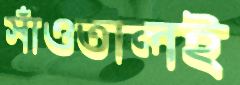
সাঁওতালই